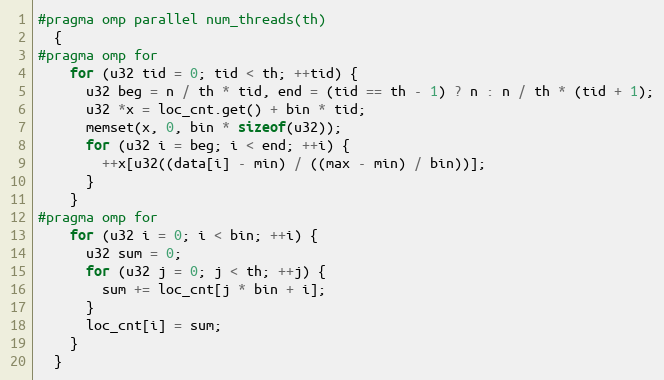
Language: C++
#pragma omp parallel num_threads(th)
  {
#pragma omp for
    for (u32 tid = 0; tid < th; ++tid) {
      u32 beg = n / th * tid, end = (tid == th - 1) ? n : n / th * (tid + 1);
      u32 *x = loc_cnt.get() + bin * tid;
      memset(x, 0, bin * sizeof(u32));
      for (u32 i = beg; i < end; ++i) {
        ++x[u32((data[i] - min) / ((max - min) / bin))];
      }
    }
#pragma omp for
    for (u32 i = 0; i < bin; ++i) {
      u32 sum = 0;
      for (u32 j = 0; j < th; ++j) {
        sum += loc_cnt[j * bin + i];
      }
      loc_cnt[i] = sum;
    }
  }